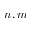
n , m